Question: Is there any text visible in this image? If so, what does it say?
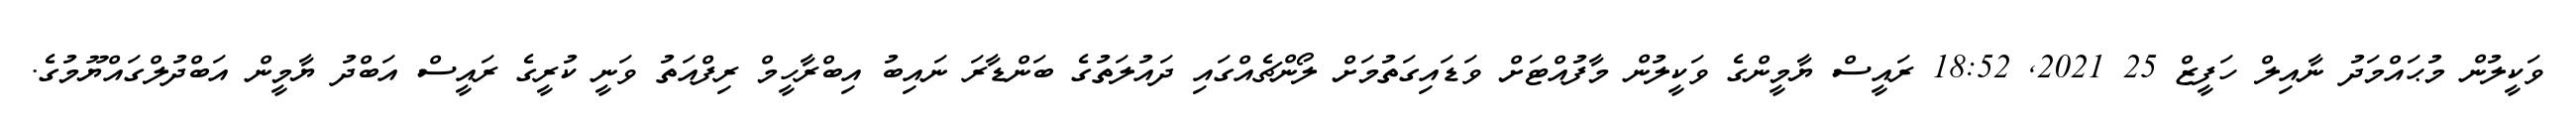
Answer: ވަކީލުން މުޙައްމަދު ނާއިލް ހަފީޒް 25 2021, 18:52 ރައީސް ޔާމީންގެ ވަކީލުން މާފުއްޓަށް ވަޑައިގަތުމަށް ލޯންޗެއްގައި ދައުލަތުގެ ބަންޑާރަ ނައިބު އިބްރާހީމް ރިފްއަތު ވަނީ ކުރީގެ ރައީސް އަބްދު ޔާމީން އަބްދުލްގައްޔޫމުގެ.